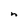
Character: n